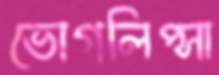
ভোগলিপ্সা